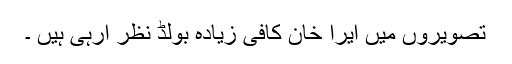
تصویروں میں ایرا خان کافی زیادہ بولڈ نظر آرہی ہیں ۔